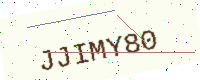
Text: JJIMY80